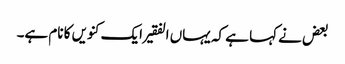
بعض نے کہا ہے کہ یہاں الفقیر ایک کنویں کا نام ہے۔